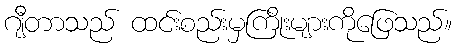
ဂျီတာသည် ထင်းစည်းမှကြိုးများကိုဖြေသည်။